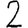
Digit: 2